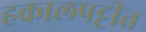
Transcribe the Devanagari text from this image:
हकालपट्टीत